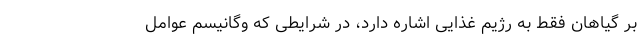
بر گیاهان فقط به رژیم غذایی اشاره دارد، در شرایطی که وگانیسم عوامل